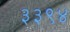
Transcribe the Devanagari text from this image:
३३९४